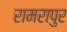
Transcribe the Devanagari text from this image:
रामरापुर